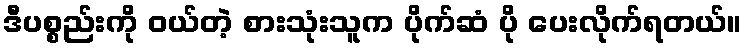
ဒီပစ္စည်းကို ဝယ်တဲ့ စားသုံးသူက ပိုက်ဆံ ပို ပေးလိုက်ရတယ်။